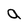
Character: a